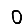
Digit: 0